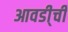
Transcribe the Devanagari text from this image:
आवडी्ची